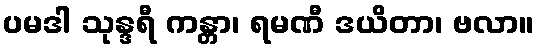
ပမဒါ သုန္ဒရီ ကန္တာ၊ ရမဏီ ဒယိတာ၊ ဗလာ။